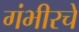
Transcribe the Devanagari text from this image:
गंभीरचे